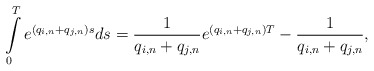
\begin{align*}\int\limits_0^Te^{(q_{i,n}+q_{j,n})s}ds=\frac{1}{q_{i,n}+q_{j,n}}e^{(q_{i,n}+q_{j,n})T}-\frac{1}{q_{i,n}+q_{j,n}},\end{align*}